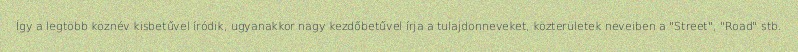
Így a legtöbb köznév kisbetűvel íródik, ugyanakkor nagy kezdőbetűvel írja a tulajdonneveket, közterületek neveiben a "Street", "Road" stb.